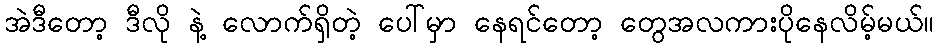
အဲဒီတော့ ဒီလို နဲ့ လောက်ရှိတဲ့ ပေါ်မှာ နေရင်တော့ တွေအလကားပိုနေလိမ့်မယ်။